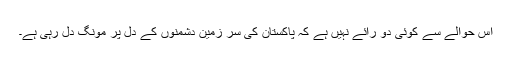
اس حوالے سے کوئی دو رائے نہیں ہے کہ پاکستان کی سر زمین دشمنوں کے دل پر مونگ دل رہی ہے۔